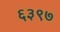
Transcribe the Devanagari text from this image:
६३९७